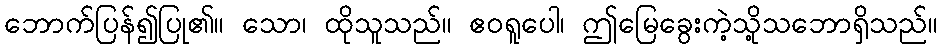
ဘောက်ပြန်၍ပြု၏။ သော၊ ထိုသူသည်။ ဧဝရူပေါ၊ ဤမြေခွေးကဲ့သို့သဘောရှိသည်။